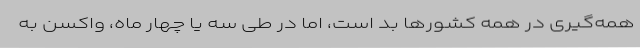
همه‌گیری در همه کشورها بد است، اما در طی سه یا چهار ماه، واکسن به